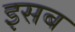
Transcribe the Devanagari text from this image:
इसब